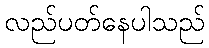
လည်ပတ်နေပါသည်